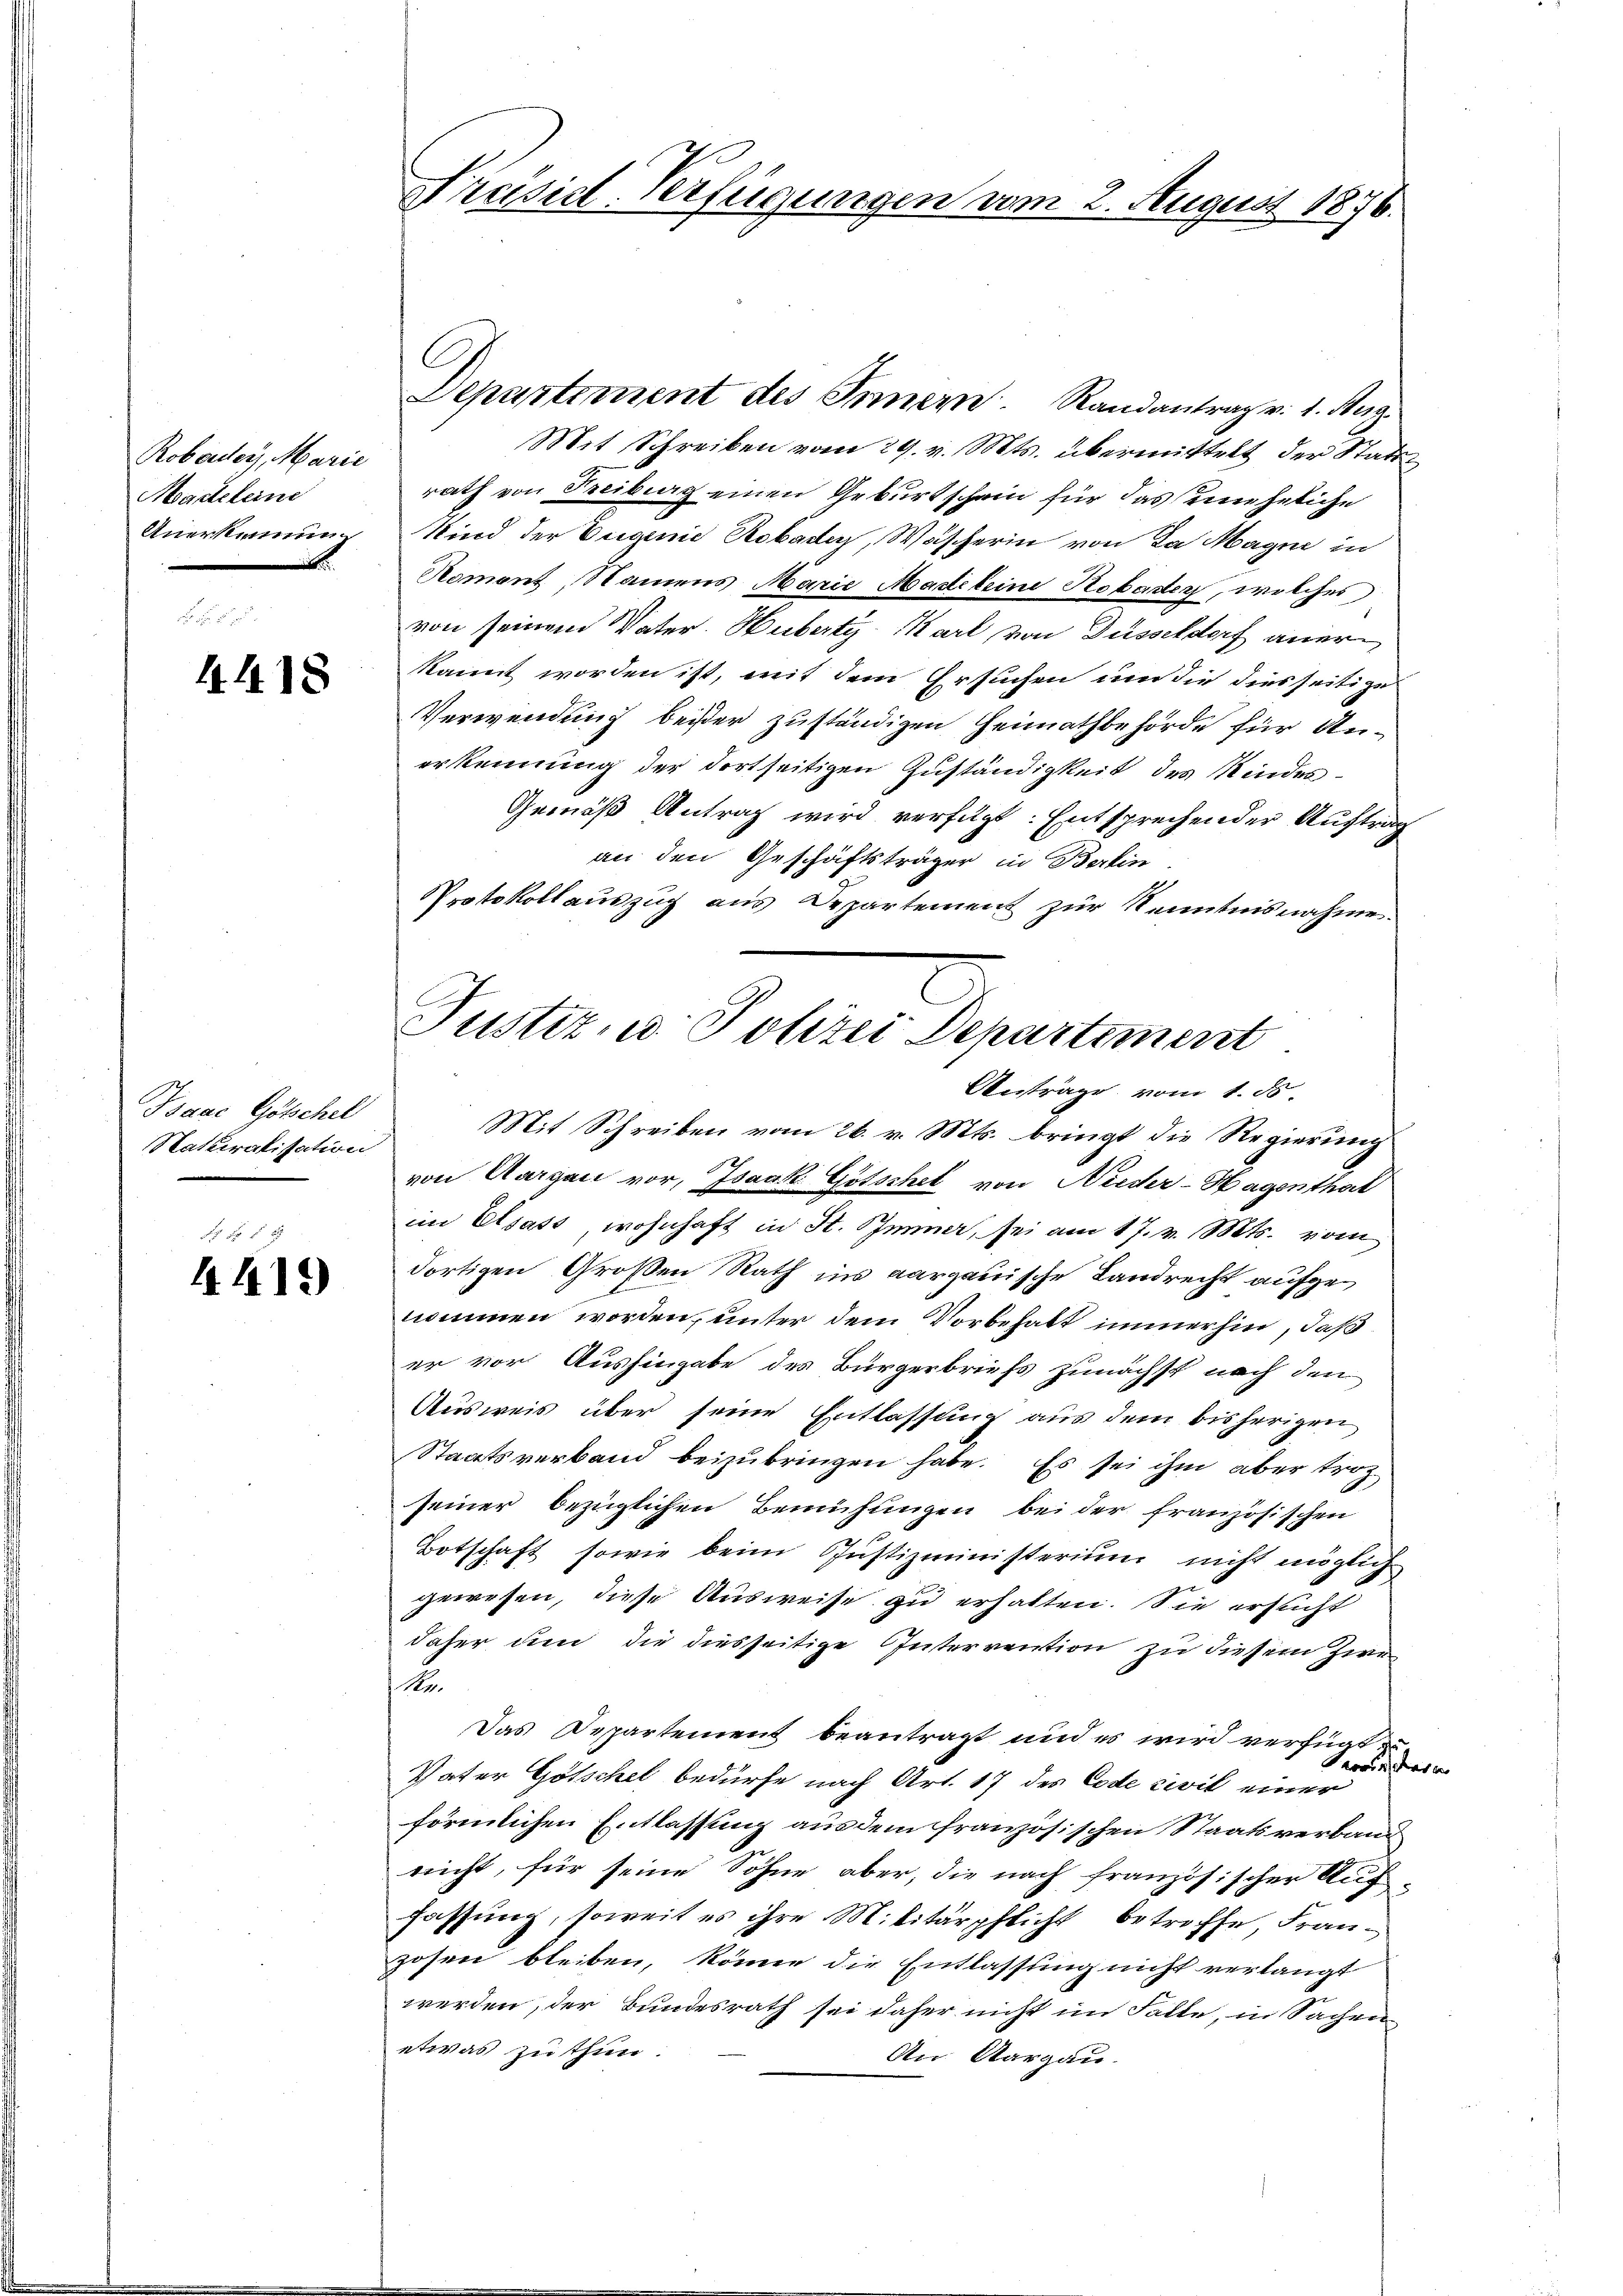
Robouler, Marie
Macheleine
Anerkennung.

4418

Isaac Götschel
Naturalisation

f 5 x
4419)

Präsid-Verfügungen vom 2. August 1876.

Mit Schreiben vom 29. v. Mts. übermittelt der Stattrath von Freiburg einen Geburtschein für das eineheliche
Kind der Eugenie Robader, Wäscherin von Da Magne in
Roment, Namens Marie Mattleine Robader, welches
von seinem Vater Hubert Mart von Düsseldorf anerkannt worden ist, mit dem Ersuchen um die diesseitige
Verwendung beister zuständigen Heimathbehörde für Unerkennung der dortseitigen Zuständigkeit des Kindes¬
Gemäß Antrag wird verfügt: Entsprechender Auftrag
an den Geschäftsträger in Berlin.
Protokollauszug aus Departement zur Kenntnisnahme.
Mit Schreiben vom 26. v. Mts. bringt die Regierung
von Aargau vor, Isaak. Götschet von Nieder-Hagenthal
im Elsass, wohnhaft in St. Binner, sei am 17. v. Mts. vom
dortigen Großen Rath ins aargauische Landrecht aufgenommen worden, unter dem Vorbehalt immerhin, daß
er vor Aushingabe des Bürgerbriefs zunächst nach den
Ausweis über seine Entlassung aus dem bisherigen
Staatsverband beizubringen habe. Es sei ihm aber troz
seiner bezüglichen Bemühungen bei der französischen
Botschaft, sowie beim Justizministerium nicht möglich
gewesen, diese Ausweise zu erhalten. Sie ersucht
daher dem die diesseitige Intervention zu diesem Zwe
Nr.
Das Departement beantragt und es wird verfügt
Heraus der e
Vater Götschel bedürfe nach Art. 17 des Code civil einer
förmlichen Entlassung aus dem französischen Staatsverband
nicht, für seine Sohne aber, die nach französischer Auf-
fassung, soweit es ihre Militärpflicht betroffe, Franzosen bleiben, könne die Entlassung nicht verlangt
werden, der Bundesrath sei daher nicht im Falle, in Sachein
etwas zu thun.
An Aargau.

C

Departement des Innern. Randantrag v. 1. Aug.

Justiz, u. Polizei Departement
Anträge vom 1. ds.